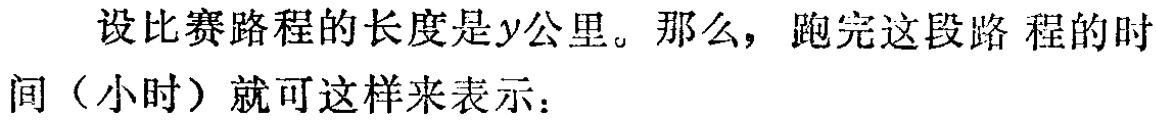
设比赛路程的长度是\(y\)公里。那么，跑完这段路程的时

间（小时）就可这样来表示：